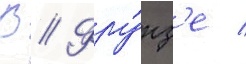
В // Фру́нз'е /